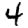
Digit: 4